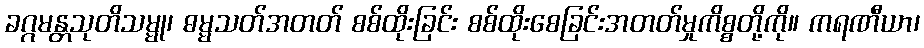
ခဂ္ဂမန္တသုတိသမ္မု၊ ဓမ္မသတ်အတတ် စစ်ထိုးခြင်း စစ်ထိုးစေခြင်းအတတ်မှုကိစ္စတို့ကို။ ကရဏီယာ၊